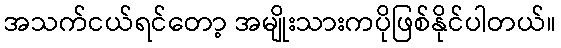
အသက်ငယ်ရင်တော့ အမျိုးသားကပိုဖြစ်နိုင်ပါတယ်။